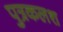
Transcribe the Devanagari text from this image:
पुत्रकलश